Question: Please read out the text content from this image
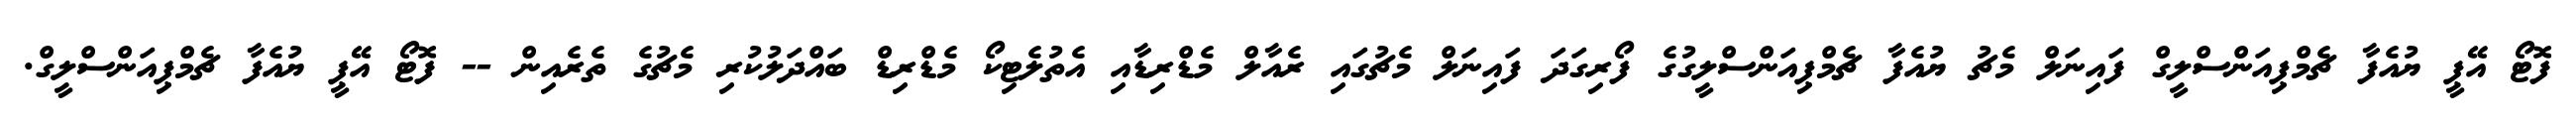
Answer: ފޮޓޯ އޭޕީ ޔުއެފާ ޗެމްޕިއަންސްލީގް ފައިނަލް މެޗު ޔުއެފާ ޗެމްޕިއަންސްލީގުގެ ފޯރިގަދަ ފައިނަލް މެޗުގައި ރެއާލް މެޑްރިޑާއި އެތުލެޓިކޯ މެޑްރިޑް ބައްދަލުކުރި މެޗުގެ ތެރެއިން -- ފޮޓޯ އޭޕީ ޔުއެފާ ޗެމްޕިއަންސްލީގް.